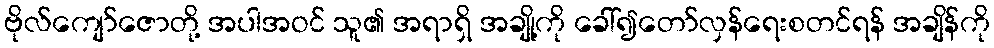
ဗိုလ်ကျော်ဇောတို့ အပါအဝင် သူ၏ အရာရှိ အချို့ကို ခေါ်၍တော်လှန်ရေးစတင်ရန် အချိန်ကို